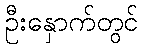
ဦးနှောက်တွင်